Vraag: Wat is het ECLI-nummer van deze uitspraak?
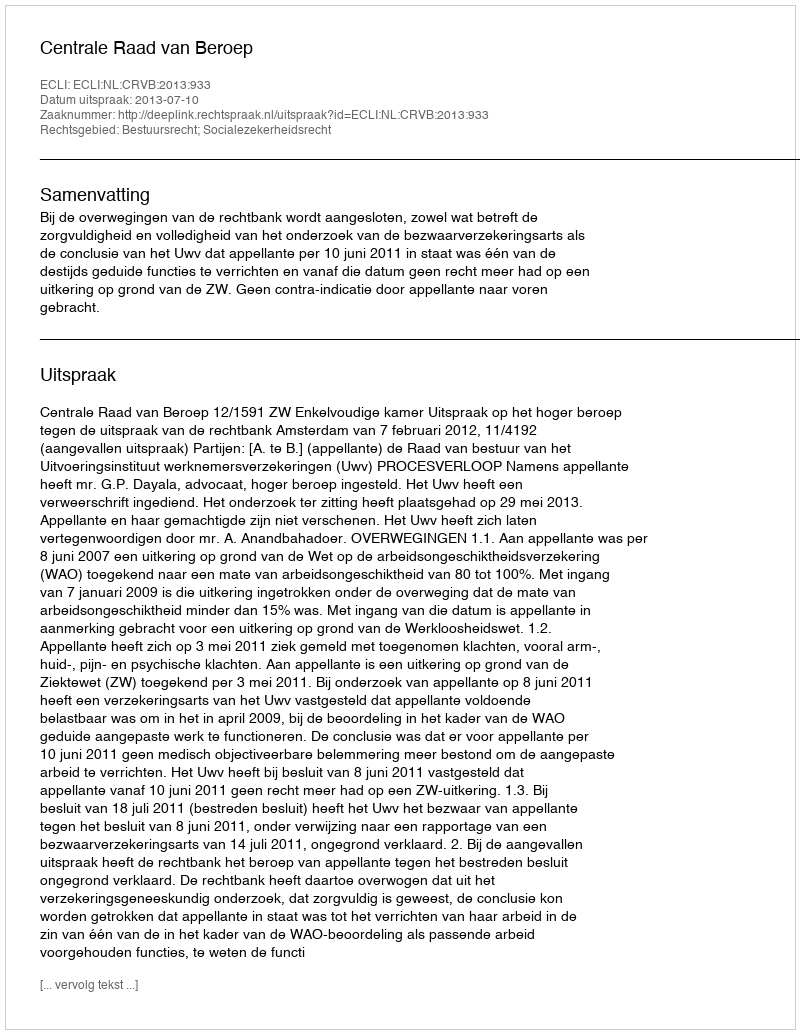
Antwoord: ECLI:NL:CRVB:2013:933